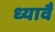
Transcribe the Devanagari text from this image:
ध्यावै